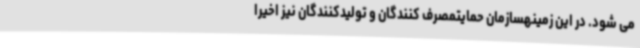
می شود. در این زمینهسازمان حمایتمصرف کنندگان و تولیدکنندگان نیز اخیرا